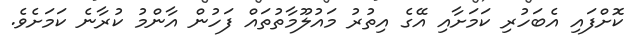
ކޮށްފައި އެބަހުރި ކަމަށާއި އޭގެ އިތުރު މައުލޫމާތުތައް ފަހުން އާންމު ކުރާނެ ކަމަށެވެ.